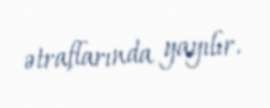
ətraflarında yayılır.